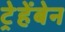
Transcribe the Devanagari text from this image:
ट्रेहेंबेन